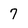
Character: 7